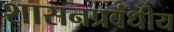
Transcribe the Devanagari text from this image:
शासनप्रबंधीय